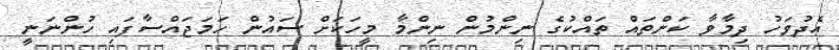
އެދުވަހު ދިމާވާ ކަންތައް ތައްކުގެ ނިންމުން ނިންމާ މީހަކަށް ސައުން ހަމަޖައްސާފައި ހުންނަނީ